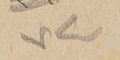
٧٤